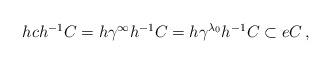
LaTeX: \begin{align*}\begin{array}{c}h c h ^{-1} C = h \gamma ^{\infty } h ^{-1} C = h \gamma ^{ \lambda _0} h ^{-1} C\subset eC\,, \end{array}\end{align*}